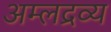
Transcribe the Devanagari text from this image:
अम्लद्रव्य